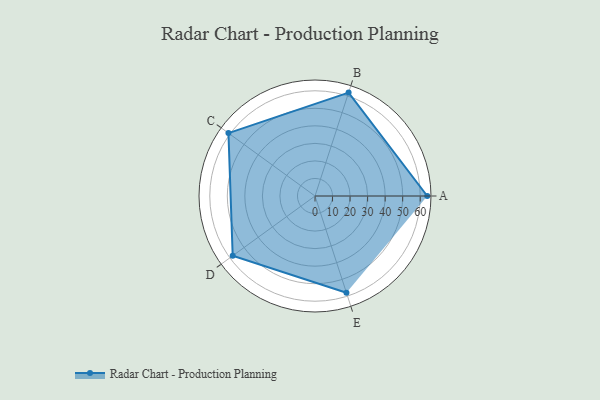
{"axis": {"x": "Skill", "y": "Score"}, "legend": ["Profile"], "data": [{"x": "A", "y": 64.0, "type": "Profile"}, {"x": "B", "y": 62.0, "type": "Profile"}, {"x": "C", "y": 61.0, "type": "Profile"}, {"x": "D", "y": 58.0, "type": "Profile"}, {"x": "E", "y": 58.0, "type": "Profile"}]}